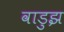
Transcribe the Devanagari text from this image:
वाडुझ